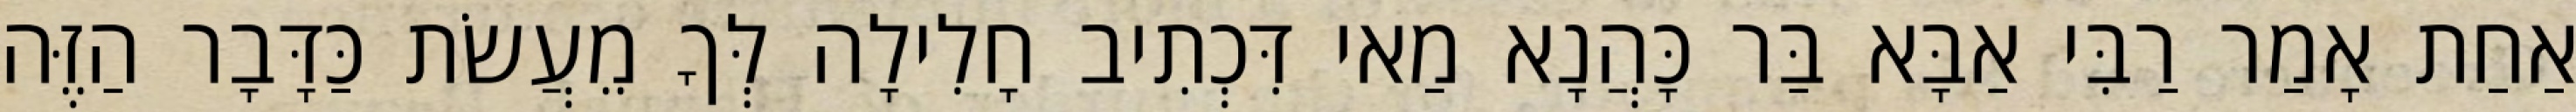
אַחַת אָמַר רַבִּי אַבָּא בַּר כָּהֲנָא מַאי דִּכְתִיב חָלִילָה לְּךָ מֵעֲשֹׂת כַּדָּבָר הַזֶּה